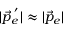
| \vec { p } _ { e } ^ { \; ^ { \prime } } | \approx | \vec { p } _ { e } |